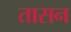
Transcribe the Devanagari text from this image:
तासन